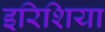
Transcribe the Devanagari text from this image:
इरिशिया